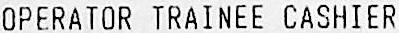
OPERATOR TRAINEE CASHIER